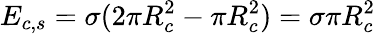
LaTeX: {{E}_{c,s}}=\sigma(2\pi R_{c}^{2}-\pi R_{c}^{2})=\sigma\pi R_{c}^{2}